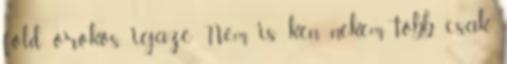
föld örökös, igaze Nem is kén nekem több, csak